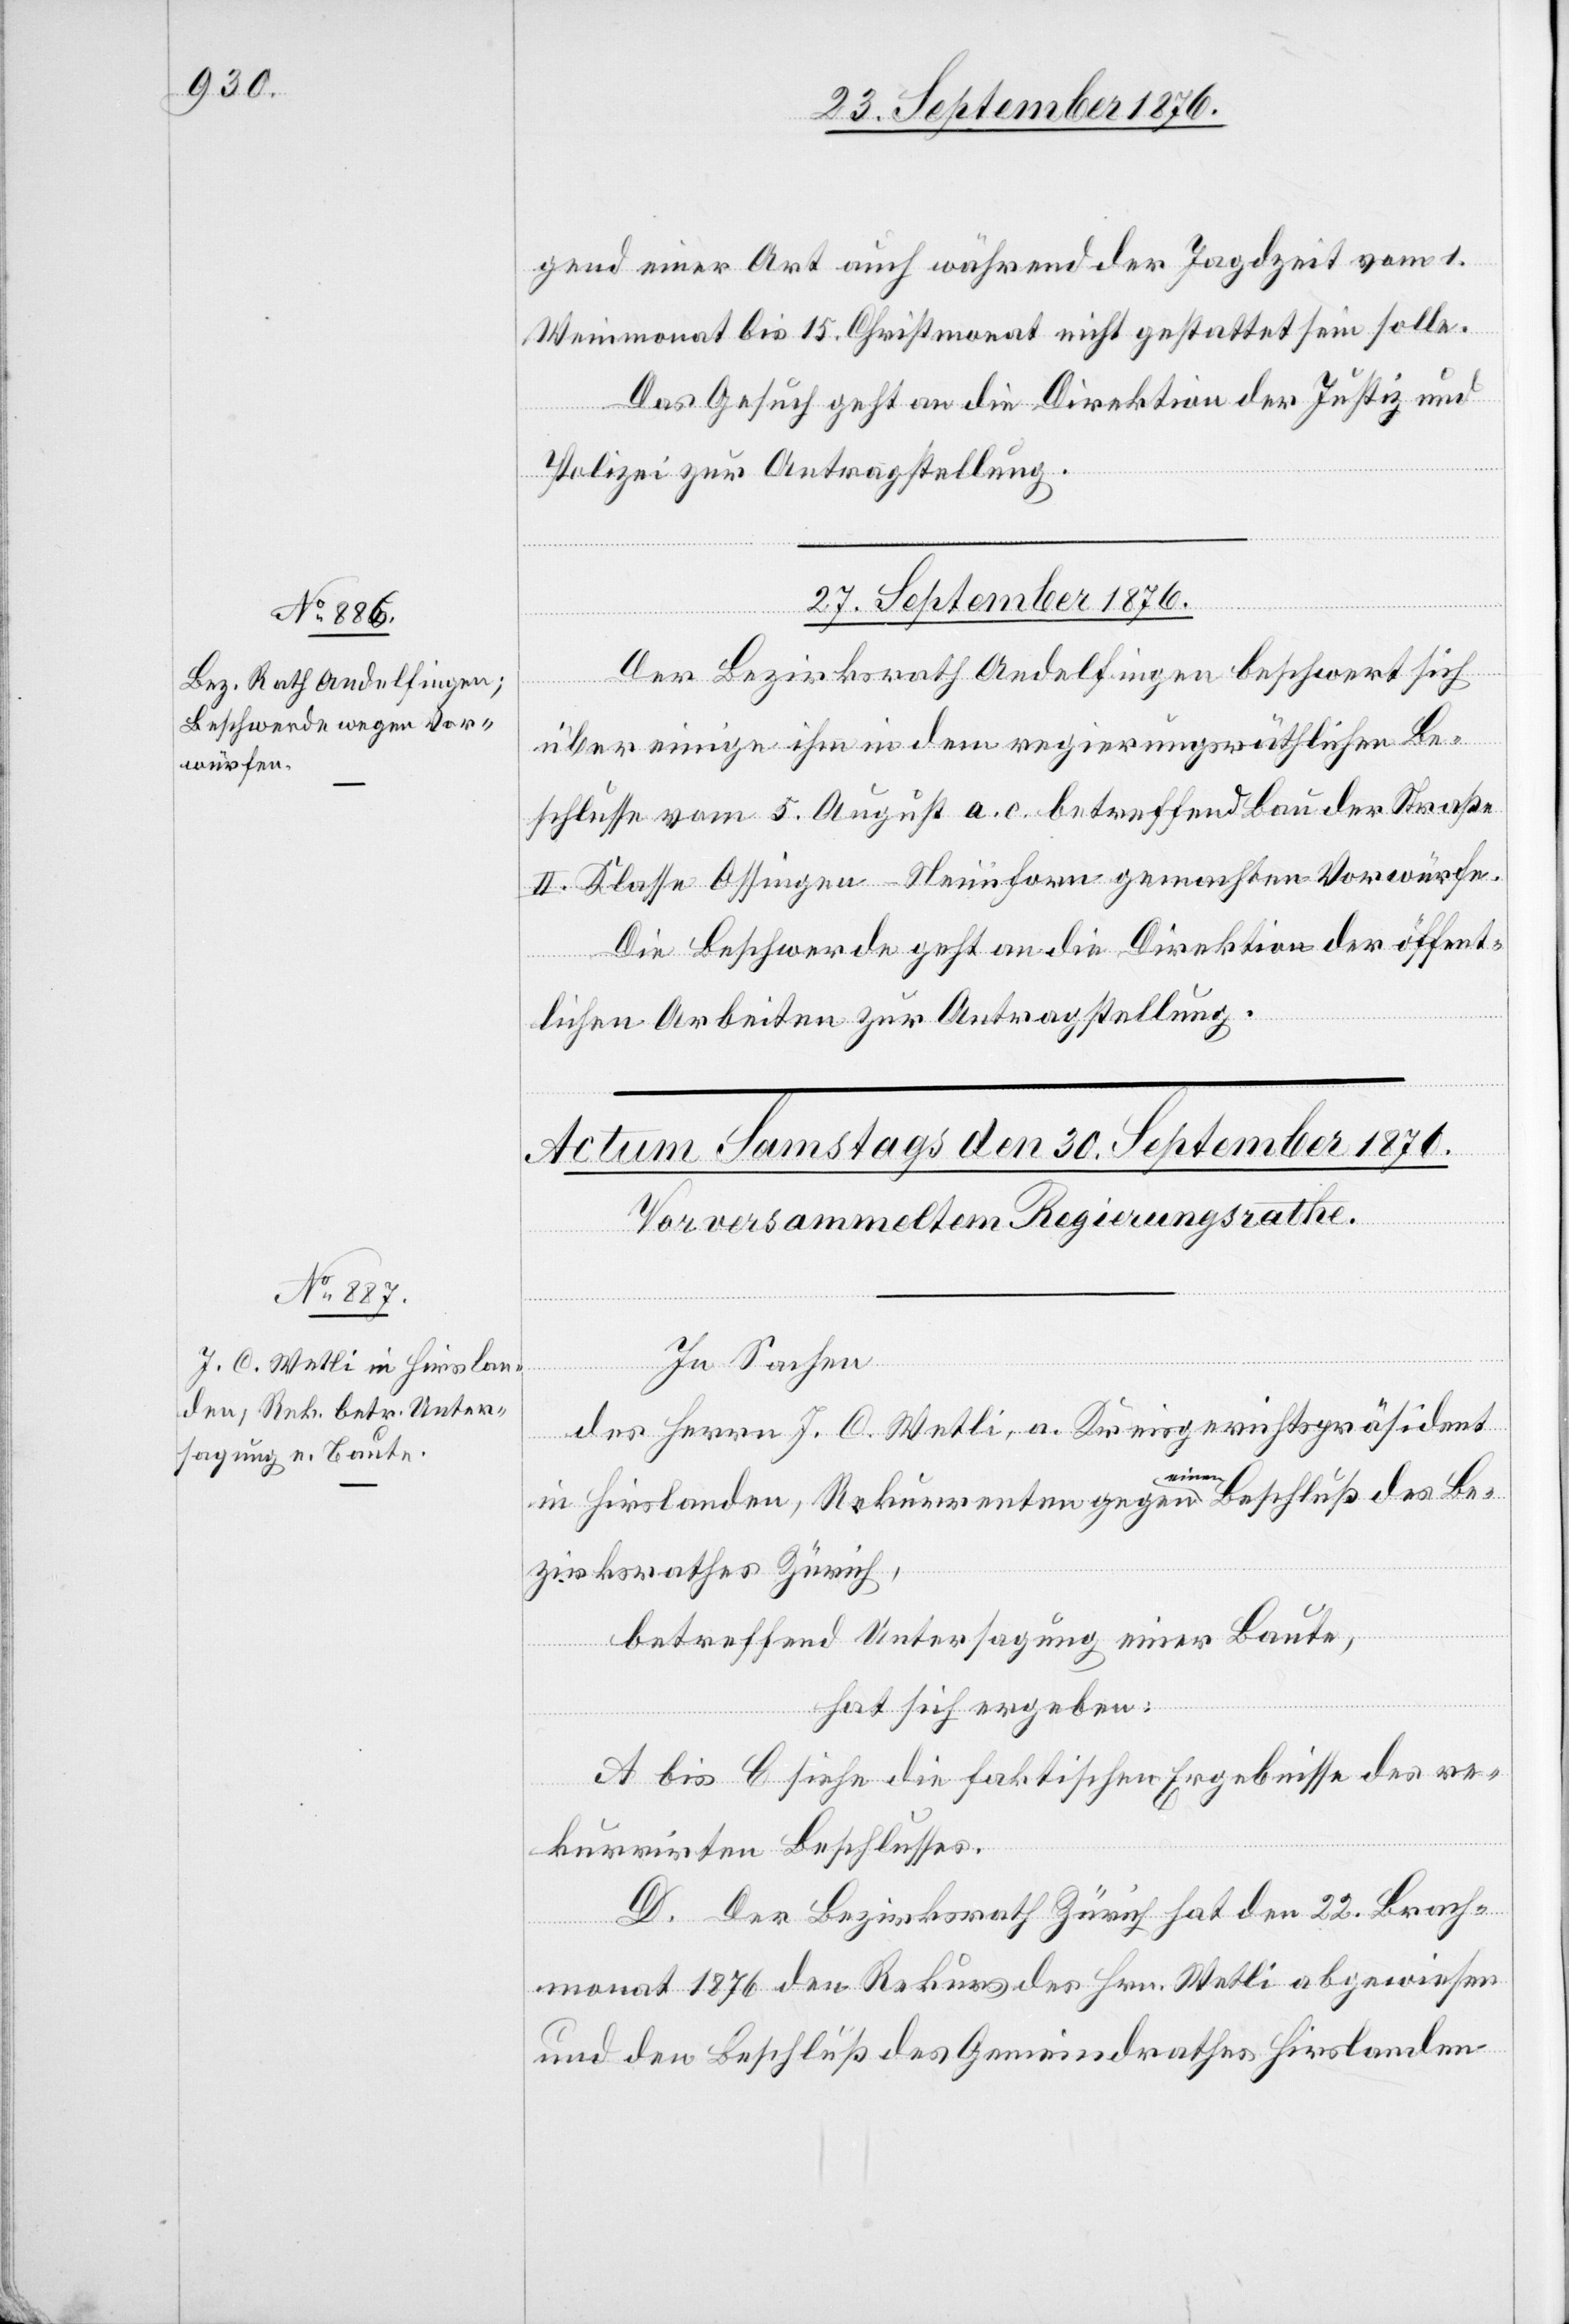
gend einer Art auch während der Jagdzeit vom 1.
Weinmonat bis 15. Christmonat nicht gestattet sein solle.
Das Gesuch geht an die Direktion der Justiz und
Polizei zur Antragstellung.
Be¬
Beschluß
27. September 1876.
Der Bezirksrath Andelfingen beschwert sich
über einige ihn in dem regierungsräthlichen Be¬
schlusse vom 5. August a. c. betreffend Bau der Straße
II. Klasse Ossingen–Neunforn gemachten Vorwürfe.
Die Beschwerde geht an die Direktion der öffent¬
lichen Arbeiten zur Antragstellung.
In Sachen
des Herrn J. C. Wetli, a. Kreisgerichtspräsident
einen
zirksrathes Zürich,
betreffend Untersagung einer Baute,
hat sich ergeben:
A bis C siehe die faktischen Ergebnisse des re¬
kurrirten Beschlusses.
D. Der Bezirksrath Zürich hat den 22. Brach¬
monat 1876 den Rekurs des Hrn. Wetli abgewiesen
und den Beschluß des Gemeindrathes Hirslanden